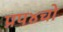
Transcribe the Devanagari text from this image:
प्रप४चो